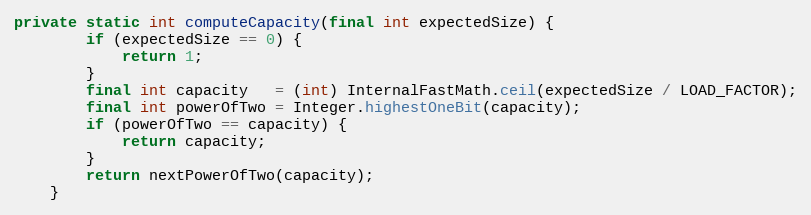
Language: Java
private static int computeCapacity(final int expectedSize) {
        if (expectedSize == 0) {
            return 1;
        }
        final int capacity   = (int) InternalFastMath.ceil(expectedSize / LOAD_FACTOR);
        final int powerOfTwo = Integer.highestOneBit(capacity);
        if (powerOfTwo == capacity) {
            return capacity;
        }
        return nextPowerOfTwo(capacity);
    }